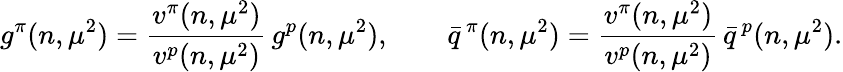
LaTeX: g^{\pi}(n,\mu^{2})=\frac{v^{\pi}(n,\mu^{2})}{v^{p}(n,\mu^{2})}\, g^{p}(n,\mu^{2}),\quad\quad\bar{q}\, ^{\pi}(n,\mu^{2})=\frac{v^{\pi}(n,\mu^{2})}{v^{p}(n,\mu^{2})}\, \bar{q}\, ^{p}(n,\mu^{2}).